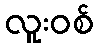
လူးဝစ်